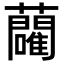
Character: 𬟢